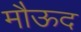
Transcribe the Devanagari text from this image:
मौऊद